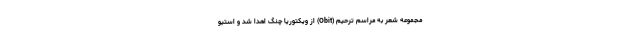
مجموعه شعر به مراسم ترحیم (Obit) از ویکتوریا چنگ اهدا شد و استیو